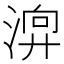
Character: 𣹚